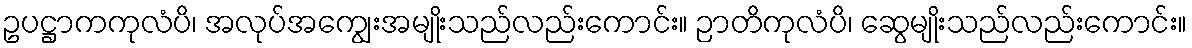
ဥပဋ္ဌာကကုလံပိ၊ အလုပ်အကျွေးအမျိုးသည်လည်းကောင်း။ ဉာတိကုလံပိ၊ ဆွေမျိုးသည်လည်းကောင်း။